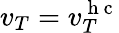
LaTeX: v_{T}=v_{T}^{\mathrm{~h~c~}}